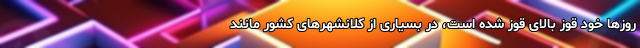
روز‌ها خود قوز بالای قوز شده است، در بسیاری از کلانشهر‌های کشور مانند